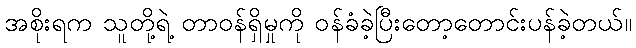
အစိုးရက သူတို့ရဲ့ တာဝန်ရှိမှုကို ဝန်ခံခဲ့ပြီးတော့တောင်းပန်ခဲ့တယ်။